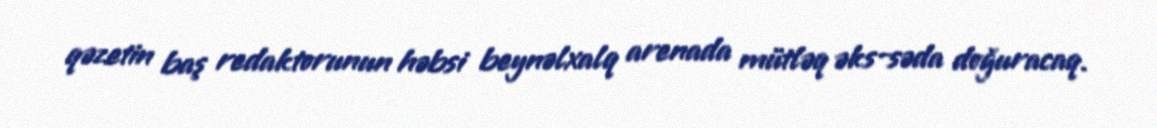
qəzetin baş redaktorunun həbsi beynəlxalq arenada mütləq əks-səda doğuracaq.